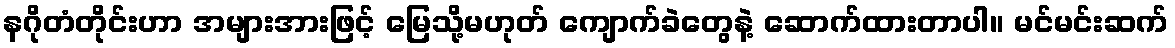
နဂိုတံတိုင်းဟာ အများအားဖြင့် မြေသို့မဟုတ် ကျောက်ခဲတွေနဲ့ ဆောက်ထားတာပါ။ မင်မင်းဆက်